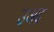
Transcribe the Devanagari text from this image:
उअद